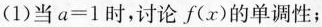
(1)当 $$a = 1$$ 时，讨论f(x)的单调性；